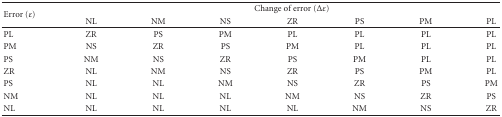
| <ROWSPAN=2> Error (ε) | <COLSPAN=7> Change of error (Δε) |
 | NL | NM | NS | ZR | PS | PM | PL |
 | --- | --- | --- | --- | --- | --- | --- | --- |
 | PL | ZR | PS | PM | PL | PL | PL | PL |
 | PM | NS | ZR | PS | PM | PL | PL | PL |
 | PS | NM | NS | ZR | PS | PM | PL | PL |
 | ZR | NL | NM | NS | ZR | PS | PM | PL |
 | PS | NL | NL | NM | NS | ZR | PS | PM |
 | NM | NL | NL | NL | NM | NS | ZR | PS |
 | NL | NL | NL | NL | NL | NM | NS | ZR |